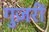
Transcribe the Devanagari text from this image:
गुज़रीं